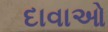
દાવાઓ